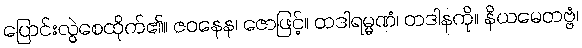
ပြောင်းလွဲစေထိုက်၏။ ဇဝနေန၊ ဇောဖြင့်။ တဒါရမ္မဏံ၊ တဒါနကို။ နိယမေတဗ္ဗံ၊